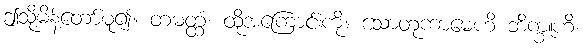
ဤသို့မိန့်တော်မူ၍။ တမတ္ထံ၊ ထိုအကြောင်းကို။ သောတုကာမေဟိ ဘိက္ခူဟိ၊